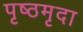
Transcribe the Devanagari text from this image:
पृष्ठमृदा